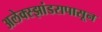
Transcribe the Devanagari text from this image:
अलेक्स्झांडरापासून